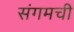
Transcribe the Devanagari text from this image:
संगमची